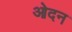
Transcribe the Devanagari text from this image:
ओदन